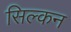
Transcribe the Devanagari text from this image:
सिल्कन